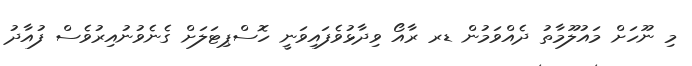
މި ނޫހަށް މައުލޫމާތު ދެއްވަމުން ޑރ ރާއޯ ވިދާޅުވެފައިވަނީ ހޮސްޕިޓަލަށް ގެނެވުނުއިރުވެސް ފުއާދު